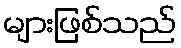
များဖြစ်သည်